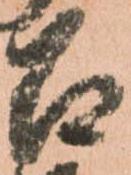
召